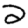
Digit: 2